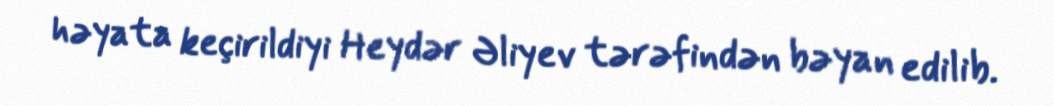
həyata keçirildiyi Heydər Əliyev tərəfindən bəyan edilib.